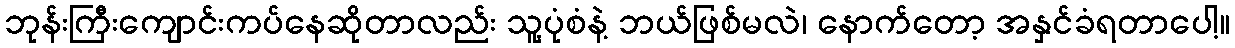
ဘုန်းကြီးကျောင်းကပ်နေဆိုတာလည်း သူ့ပုံစံနဲ့ ဘယ်ဖြစ်မလဲ၊ နောက်တော့ အနှင်ခံရတာပေါ့။